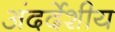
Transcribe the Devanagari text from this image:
अंदर्देशीय